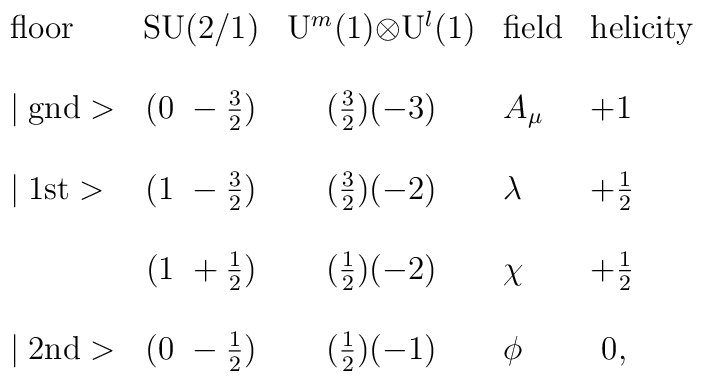
\begin{array}{lccll}\mbox{floor}     & \mbox{SU(2/1)}     & \mbox{U$^m$(1)$\otimes$U$^l$(1)}& \mbox{field}      & \mbox{helicity} \\\\\mid \mbox{gnd}> & (0~-\frac{3}{2})   & (\frac{3}{2})(-3) & A_\mu    & +1 \\\\\mid \mbox{1st}> & (1~-\frac{3}{2})   & (\frac{3}{2})(-2) & \lambda& +\frac{1}{2} \\\\ & (1~+\frac{1}{2})   & (\frac{1}{2})(-2) & \chi        & +\frac{1}{2} \\\\\mid \mbox{2nd}> & (0~-\frac{1}{2})   & (\frac{1}{2})(-1) & \phi  & ~0, \\\end{array}